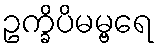
ဥက္ခိပိမမ္ဗရေ